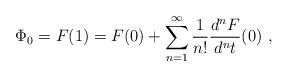
LaTeX: \begin{align*}\Phi_0=F(1)=F(0)+\sum_{n=1}^{\infty}\frac{1}{n!}\frac{d^nF}{d^nt}(0) \ ,\end{align*}